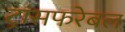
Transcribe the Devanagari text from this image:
ट्रांसफरेबल